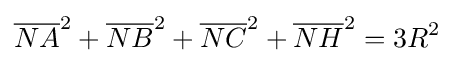
{\overline {NA}}^{2}+{\overline {NB}}^{2}+{\overline {NC}}^{2}+{\overline {NH}}^{2}=3R^{2}